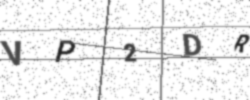
Text: VP2DR